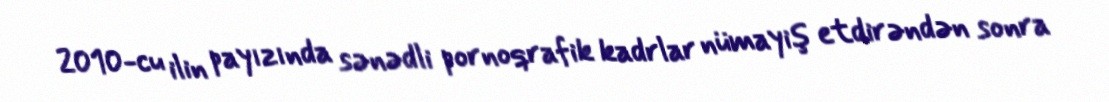
2010-cu ilin payızında sənədli pornoqrafik kadrlar nümayiş etdirəndən sonra